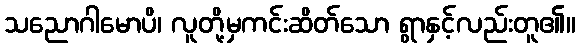
သညောဂါမောပိ၊ လူတို့မှကင်းဆိတ်သော ရွာနှင့်လည်းတူ၏။